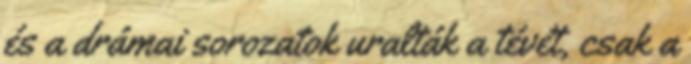
és a drámai sorozatok uralták a tévét, csak a